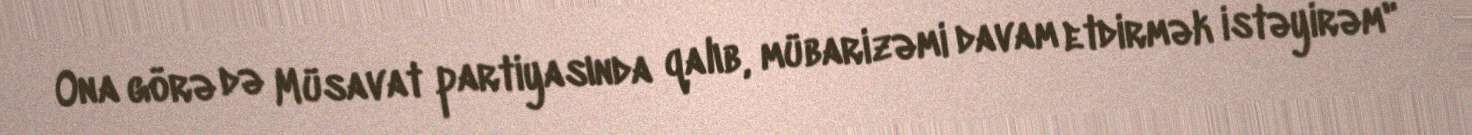
Ona görə də Müsavat partiyasında qalıb, mübarizəmi davam etdirmək istəyirəm"